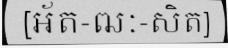
[អ័ត-ឍៈ-សិត]